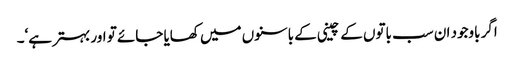
اگر باوجود ان سب باتوں کے چینی کے باسنوں میں کھایا جائے تو اور بہتر ہے‘۔